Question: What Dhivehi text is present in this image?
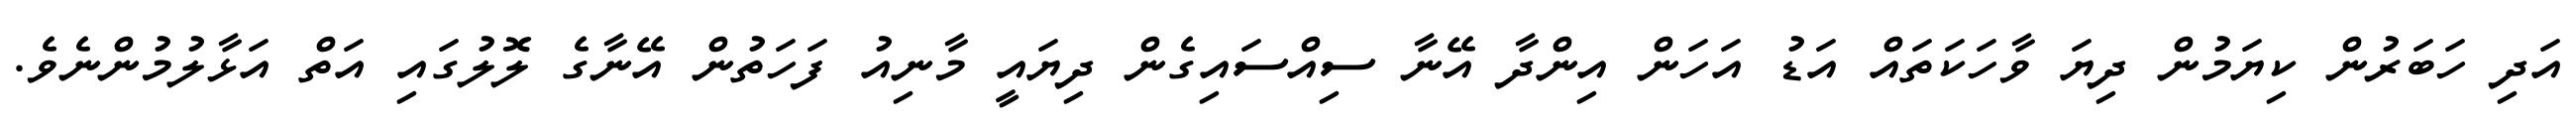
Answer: އަދި ހަބަރުން ކިޔަމުން ދިޔަ ވާހަކަތައް އަޑު އަހަން އިންދާ އޭނާ ސިއްސައިގެން ދިޔައީ މާނިއު ފަހަތުން އޭނާގެ ލޮލުގައި އަތް އަޅާލުމުންނެވެ.